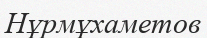
Нұрмұхаметов